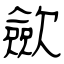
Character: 歛